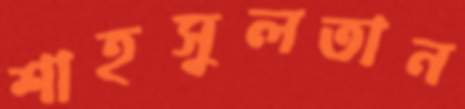
শাহসুলতান